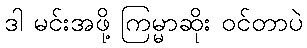
ဒါ မင်းအဖို့ ကြမ္မာဆိုး ဝင်တာပဲ